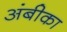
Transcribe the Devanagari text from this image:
अंबीका